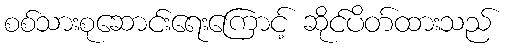
စစ်သားစုဆောင်းရေးကြောင့် ဆိုင်ပိတ်ထားသည်